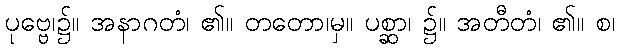
ပုဗ္ဗေ၊၌။ အနာဂတံ၊ ၏။ တတော၊မှ။ ပစ္ဆာ၊ ၌။ အတီတံ၊ ၏။ စ၊